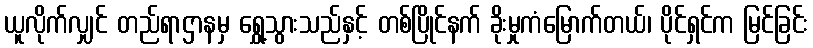
ယူလိုက်လျှင် တည်ရာဌာနမှ ရွှေ့သွားသည်နှင့် တစ်ပြိုင်နက် ခိုးမှုကံမြောက်တယ်၊ ပိုင်ရှင်က မြင်ခြင်း